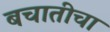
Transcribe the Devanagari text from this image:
बचातीचा